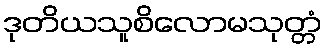
ဒုတိယသူစိလောမသုတ္တံ